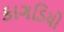
કાગડિયો